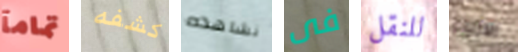
تمامآ كشفه نشاهده فى للنقل الازياء